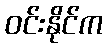
ဝင်းနိုင်က